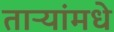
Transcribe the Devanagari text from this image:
ताऱ्यांमधे